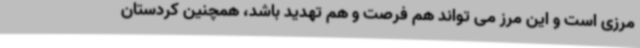
مرزی است و این مرز می تواند هم فرصت و هم تهدید باشد، همچنین کردستان